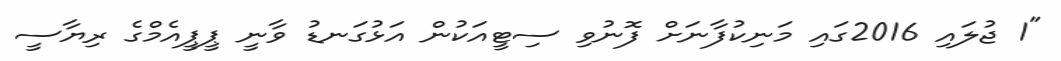
"1 ޖުލައި 2016ގައި މަނިކުފާނަށް ފޮނުވި ސިޓީއަކުން އަޅުގަނޑު ވާނީ ޕީޕީއެމްގެ ރިޔާސީ